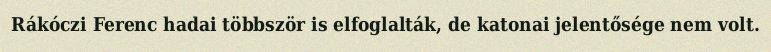
Rákóczi Ferenc hadai többször is elfoglalták, de katonai jelentősége nem volt.